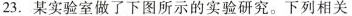
23.某实验室做了下图所示的实验研究。下列相关